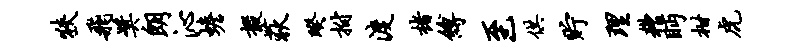
狭飞奖朗沁蟾掇荻暌拊渡楮缚至供贮理糟眄柑虎